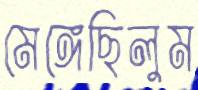
মেঙ্গেছিলুম